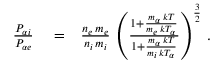
\begin{array} { r l r } { \frac { P _ { \alpha i } } { P _ { \alpha e } } } & { { } = } & { \frac { n _ { e } \, m _ { e } } { n _ { i } \, m _ { i } } \, \left( \frac { 1 + \frac { m _ { \alpha } \, k T } { m _ { e } \, k T _ { \alpha } } } { 1 + \frac { m _ { \alpha } \, k T } { m _ { i } \, k T _ { \alpha } } } \right) ^ { \frac { 3 } { 2 } } \, . } \end{array}